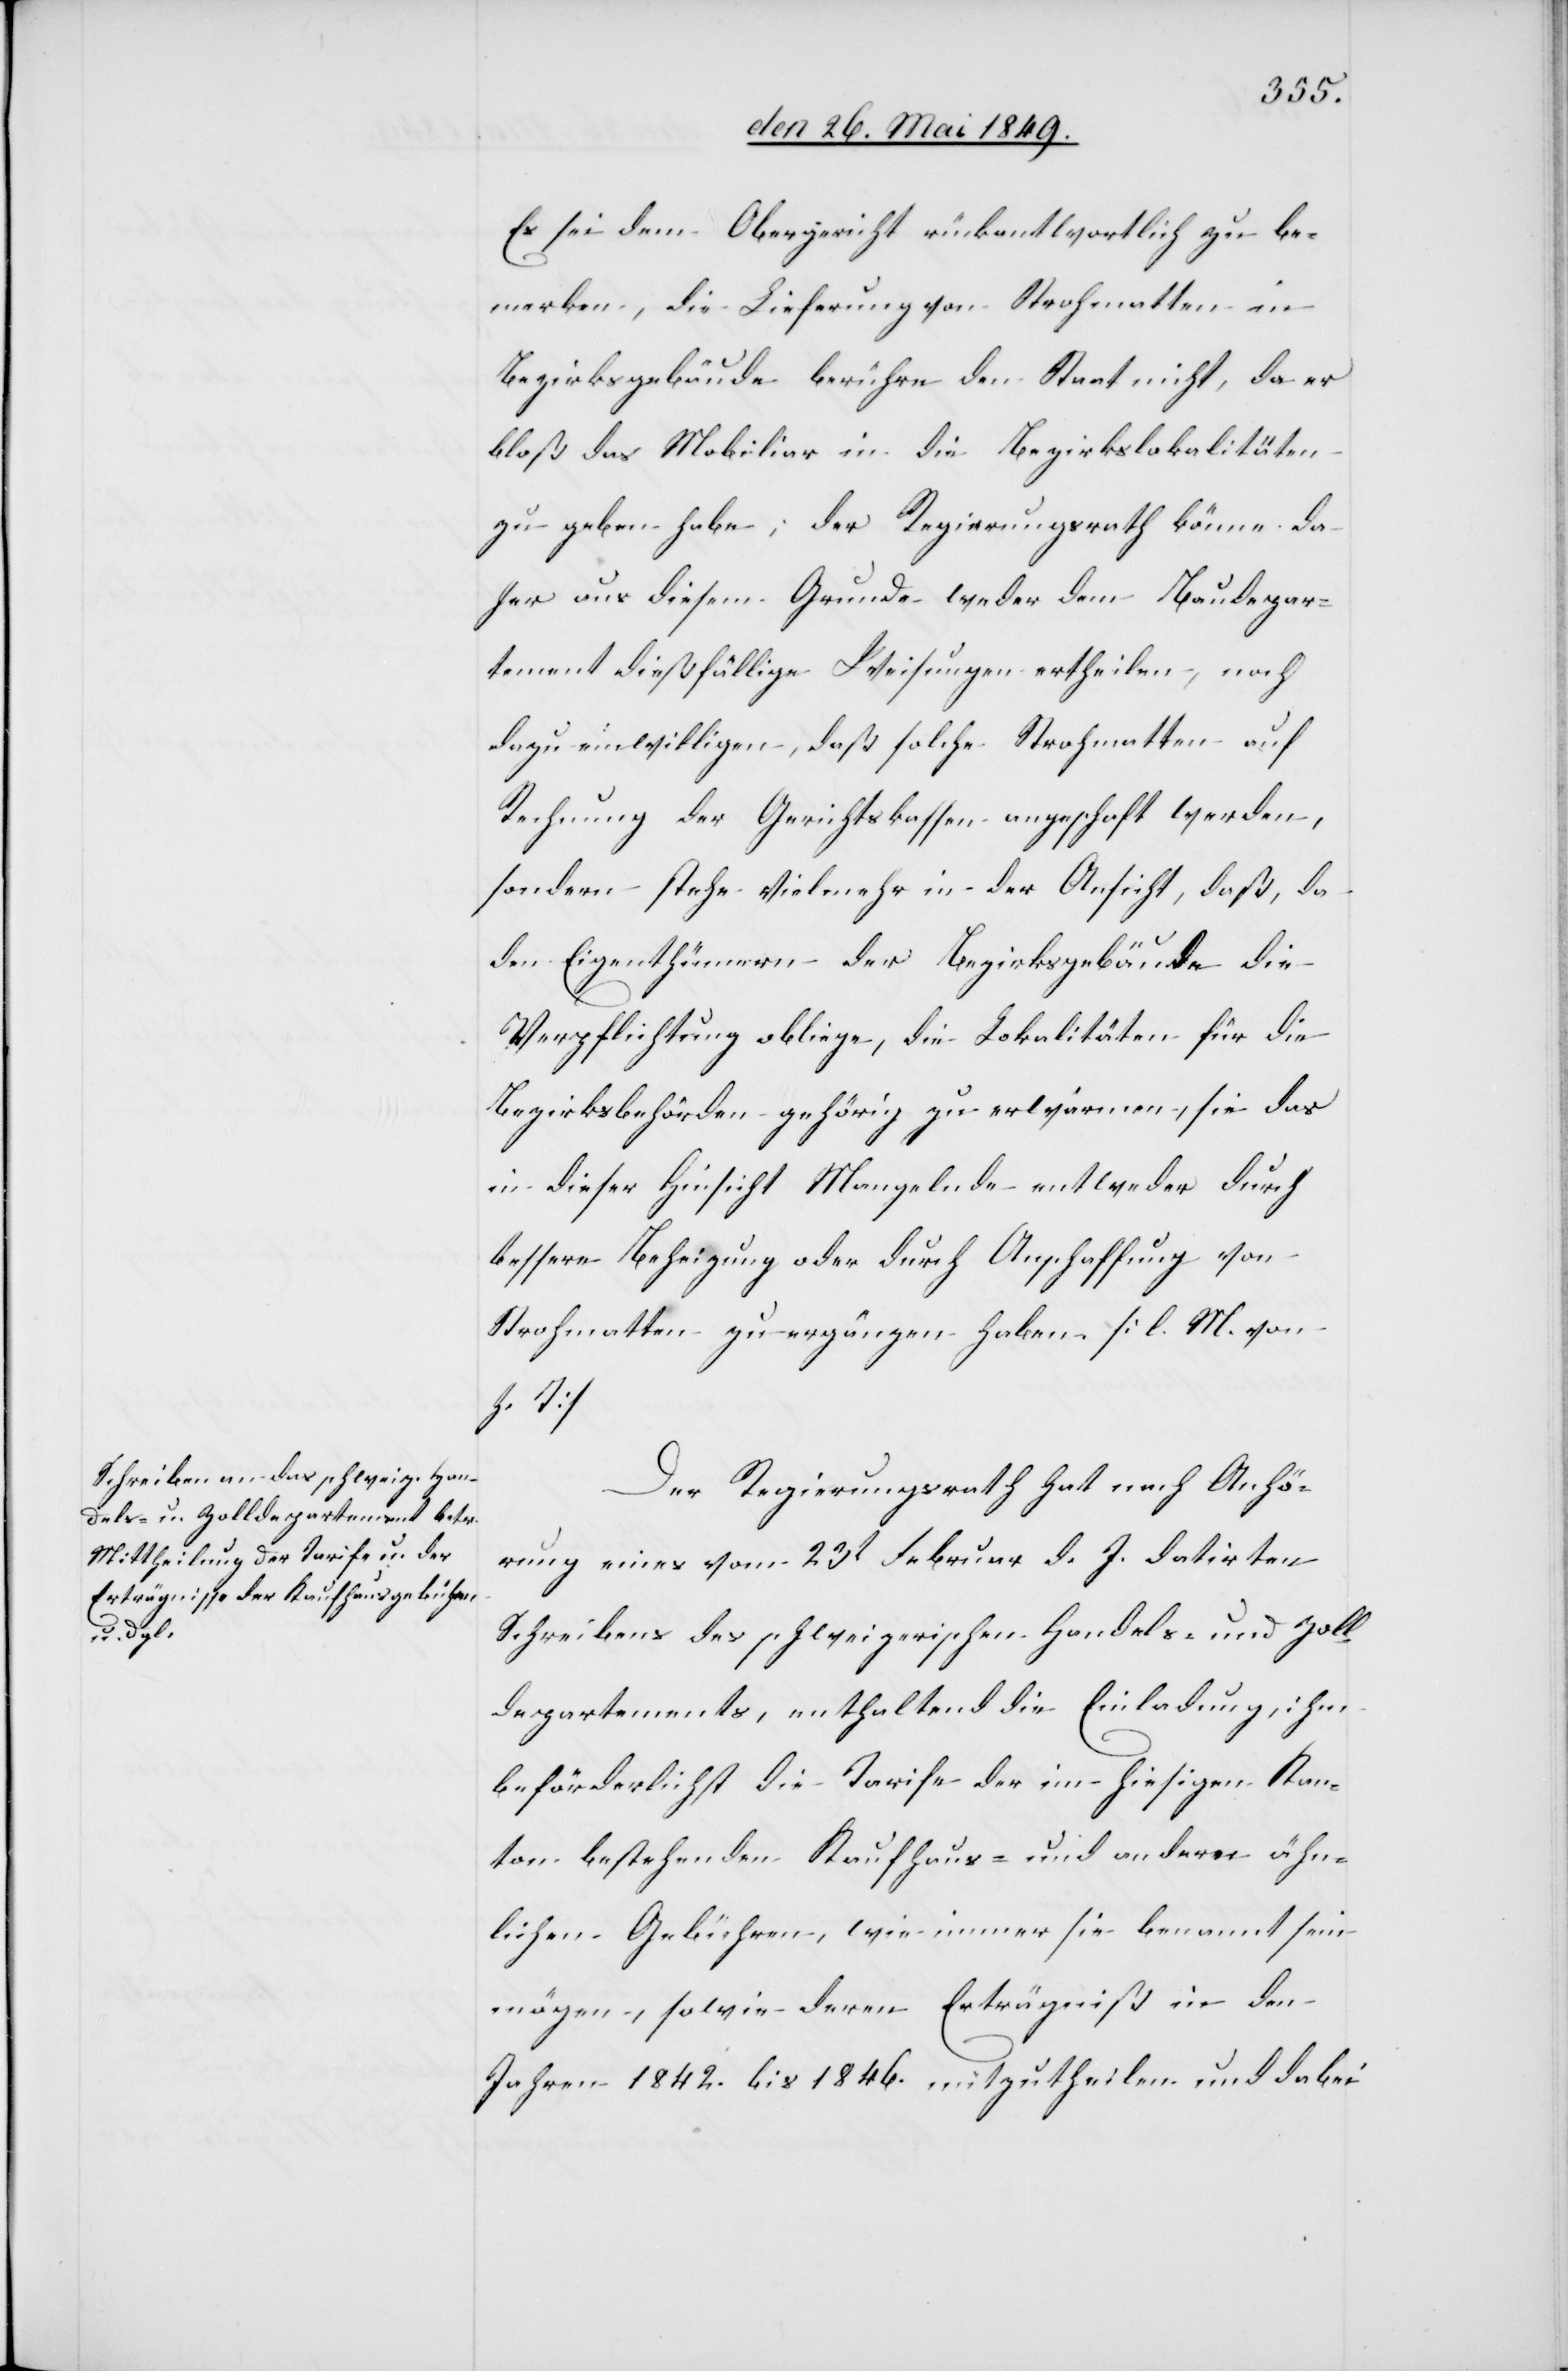
Es sei dem Obergericht rückantwortlich zu be¬
merken, die Lieferung von Strohmatten in
Bezirksgebäude berühre den Staat nicht, da er
bloß das Mobiliar in die Bezirkslokalitäten
zu geben habe; der Regierungsrath könne da¬
her aus diesem Grunde weder dem Baudepar¬
tement dießfällige Weisungen ertheilen, noch
dazu einwilligen, daß solche Strohmatten auf
Rechnung der Gerichtskassen angeschaft werden,
sondern stehe vielmehr in der Ansicht, daß, da
den Eigenthümern der Bezirksgebäude die
Verpflichtung obliege, die Lokalitäten für die
Bezirksbehörden gehörig zu erwärmen, sei das
in dieser Hinsicht Mangelnde entweder durch
bessere Beheizung oder durch Anschaffung von
Strohmatten zu ergänzen haben. [l. M. von
h. T][.]
Der Regierungsrath hat nach Anhö¬
rung eines vom 23t Februar d. J. datirten
Schreibens des schweizerischen Handels- und Zoll¬
departements, enthaltend die Einladung, ihm
beförderlichst die Tarife der im hiesigen Kan¬
ton bestehenden Kaufhaus- und andern ähn¬
lichen Gebühren, wie immer sie benannt sein
mögen, sowie deren Erträgniß in den
Jahren 1842. bis 1846. mitzutheilen und dabei